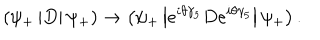
LaTeX: \left( \psi _ { + } \left| D \right| \psi _ { + } \right) \rightarrow \left( \psi _ { + } \left| e ^ { i \theta \gamma _ { 5 } } D e ^ { i \theta \gamma _ { 5 } } \right| \psi _ { + } \right) .